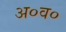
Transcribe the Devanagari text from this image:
अ०व०